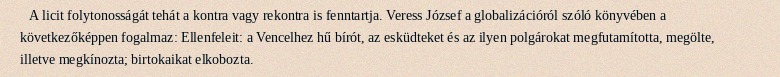
A licit folytonosságát tehát a kontra vagy rekontra is fenntartja. Veress József a globalizációról szóló könyvében a következőképpen fogalmaz: Ellenfeleit: a Vencelhez hű bírót, az esküdteket és az ilyen polgárokat megfutamította, megölte, illetve megkínozta; birtokaikat elkobozta.